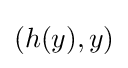
\left(h(y),y\right)